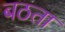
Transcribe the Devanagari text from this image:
बठता